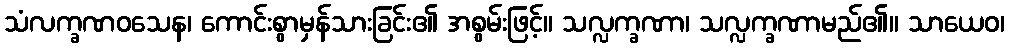
သံလက္ခဏဝသေန၊ ကောင်းစွာမှန်သားခြင်း၏ အစွမ်းဖြင့်။ သလ္လက္ခဏာ၊ သလ္လက္ခဏာမည်၏။ သာယေဝ၊